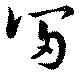
富